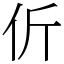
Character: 伒